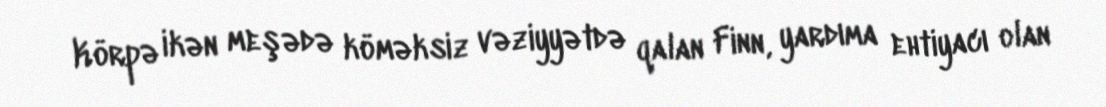
Körpə ikən meşədə köməksiz vəziyyətdə qalan Finn, yardıma ehtiyacı olan